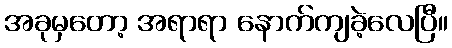
အခုမှတော့ အရာရာ နောက်ကျခဲ့လေပြီ။